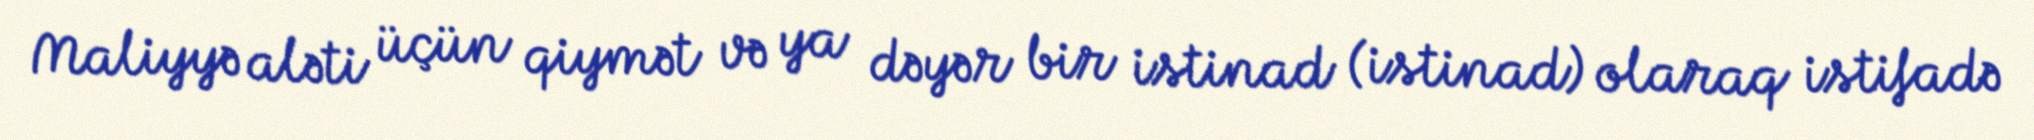
Maliyyə aləti üçün qiymət və ya dəyər bir istinad (istinad) olaraq istifadə